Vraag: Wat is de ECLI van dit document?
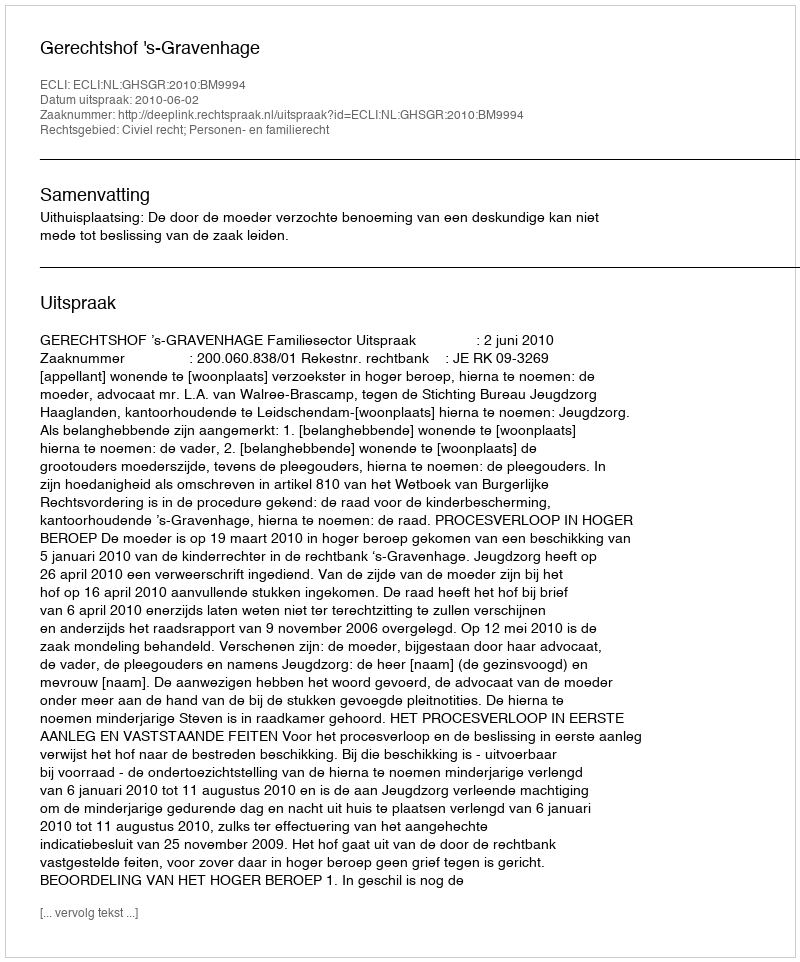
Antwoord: ECLI:NL:GHSGR:2010:BM9994